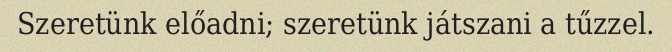
Szeretünk előadni; szeretünk játszani a tűzzel.